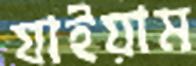
যাইয়াম